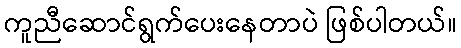
ကူညီဆောင်ရွက်ပေးနေတာပဲ ဖြစ်ပါတယ်။